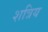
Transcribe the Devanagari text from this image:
शत्रिय